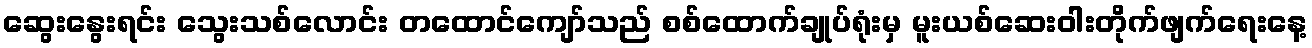
ဆွေးနွေးရင်း သွေးသစ်လောင်း တထောင်ကျော်သည် စစ်ထောက်ချုပ်ရုံးမှ မူးယစ်ဆေးဝါးတိုက်ဖျက်ရေးနေ့